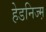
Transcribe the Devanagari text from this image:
हेडनिज्म़